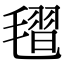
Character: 𣯥